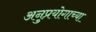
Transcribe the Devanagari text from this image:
अनुप्रयोगाच्या